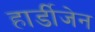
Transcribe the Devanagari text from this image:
हार्डीजेन